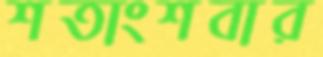
শতাংশবার